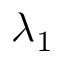
\lambda _ { 1 }